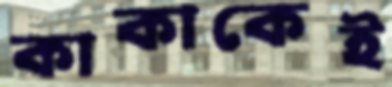
কাকাকেই